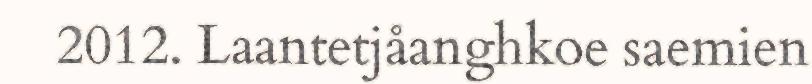
2012. Laantetjåanghkoe saemien